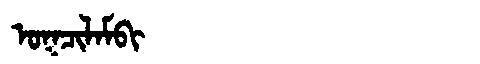
Manchu: ᠣᡴᠴᡳᠯᠠᠮᠪᡳ
Romanization: OKCILAMBI